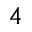
^ { 4 }